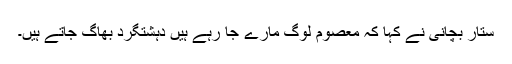
ستار بچانی نے کہا کہ معصوم لوگ مارے جا رہے ہیں دہشتگرد بھاگ جاتے ہیں۔